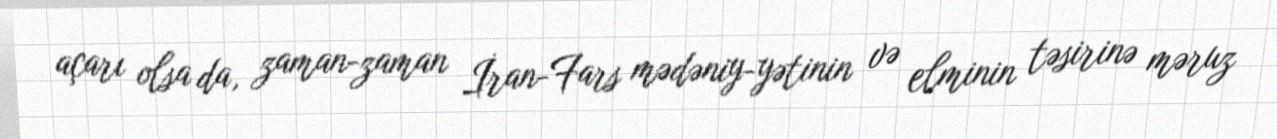
açarı olsa da, zaman-zaman İran-Fars mədəniy­yətinin və elminin təsirinə məruz